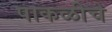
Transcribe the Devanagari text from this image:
पाकळीचे